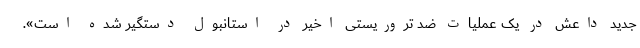
جدید داعش در یک عملیات ضد تروریستی اخیر در استانبول دستگیر شده است».